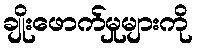
ချိုးဖောက်မှုများကို